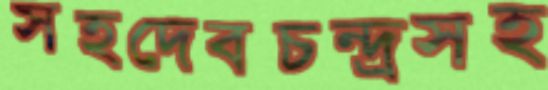
সহদেবচন্দ্রসহ